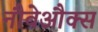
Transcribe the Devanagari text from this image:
नौवेऔक्स